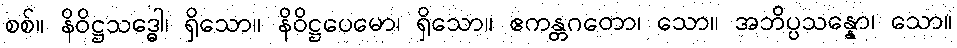
စစ်။ နိဝိဋ္ဌသဒ္ဓေါ၊ ရှိသော။ နိဝိဋ္ဌပေမော၊ ရှိသော။ ဧကန္တဂတော၊ သော။ အဘိပ္ပသန္နော၊ သော။